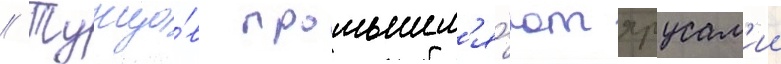
// Тунцо́в промышл'я́ют ярусам'ии